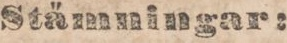
Stämningar: